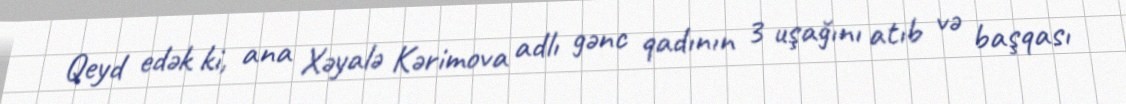
Qeyd edək ki, ana Xəyalə Kərimova adlı gənc qadının 3 uşağını atıb və başqası